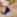
فى